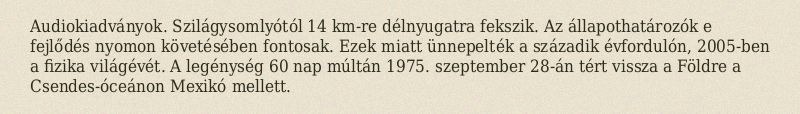
Audiokiadványok. Szilágysomlyótól 14 km-re délnyugatra fekszik. Az állapothatározók e fejlődés nyomon követésében fontosak. Ezek miatt ünnepelték a századik évfordulón, 2005-ben a fizika világévét. A legénység 60 nap múltán 1975. szeptember 28-án tért vissza a Földre a Csendes-óceánon Mexikó mellett.